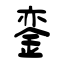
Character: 銮